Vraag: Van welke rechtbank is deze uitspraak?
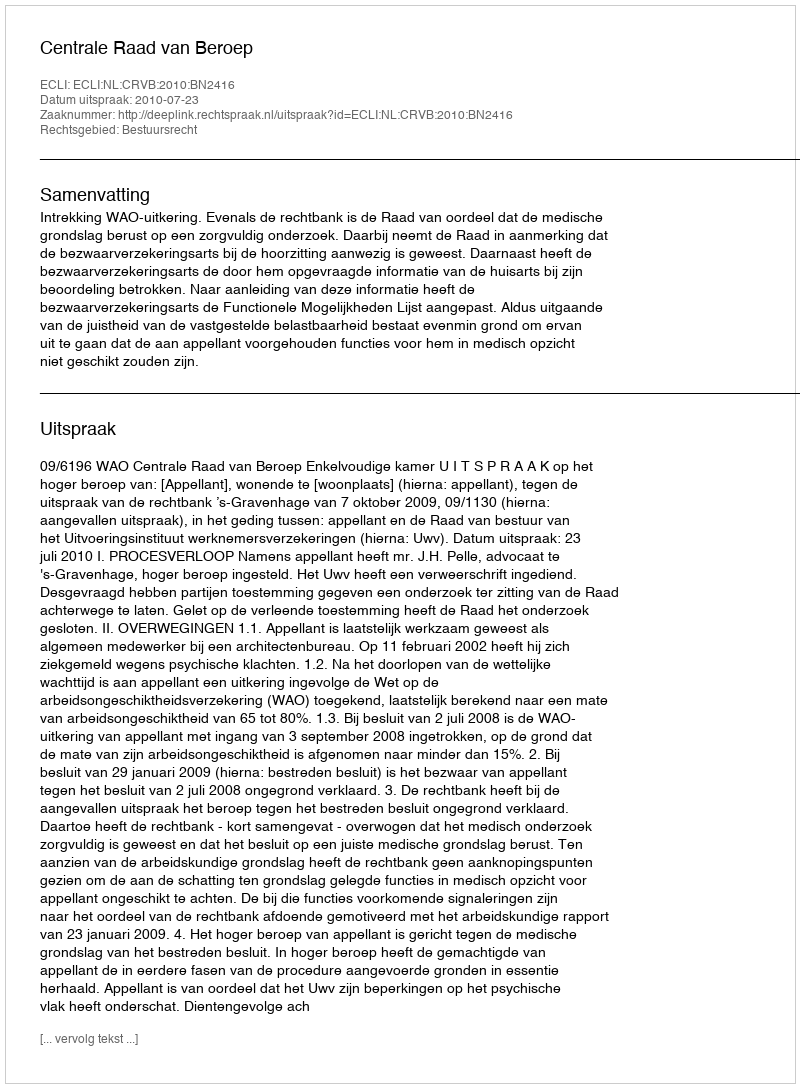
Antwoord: Centrale Raad van Beroep